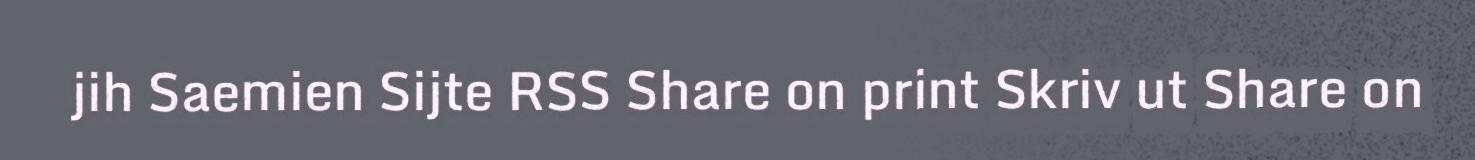
jih Saemien Sijte RSS Share on print Skriv ut Share on